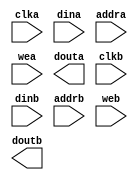
module cpu_buffer(
	clka,
	dina,
	addra,
	wea,
	douta,
	clkb,
	dinb,
	addrb,
	web,
	doutb);


input clka;
input [63 : 0] dina;
input [8 : 0] addra;
input [0 : 0] wea;
output [63 : 0] douta;
input clkb;
input [63 : 0] dinb;
input [8 : 0] addrb;
input [0 : 0] web;
output [63 : 0] doutb;

// synthesis translate_off

      BLK_MEM_GEN_V2_8 #(
		.C_ADDRA_WIDTH(9),
		.C_ADDRB_WIDTH(9),
		.C_ALGORITHM(1),
		.C_BYTE_SIZE(9),
		.C_COMMON_CLK(0),
		.C_DEFAULT_DATA("0"),
		.C_DISABLE_WARN_BHV_COLL(0),
		.C_DISABLE_WARN_BHV_RANGE(0),
		.C_FAMILY("virtex5"),
		.C_HAS_ENA(0),
		.C_HAS_ENB(0),
		.C_HAS_MEM_OUTPUT_REGS_A(0),
		.C_HAS_MEM_OUTPUT_REGS_B(0),
		.C_HAS_MUX_OUTPUT_REGS_A(0),
		.C_HAS_MUX_OUTPUT_REGS_B(0),
		.C_HAS_REGCEA(0),
		.C_HAS_REGCEB(0),
		.C_HAS_SSRA(0),
		.C_HAS_SSRB(0),
		.C_INIT_FILE_NAME("no_coe_file_loaded"),
		.C_LOAD_INIT_FILE(0),
		.C_MEM_TYPE(2),
		.C_MUX_PIPELINE_STAGES(0),
		.C_PRIM_TYPE(1),
		.C_READ_DEPTH_A(512),
		.C_READ_DEPTH_B(512),
		.C_READ_WIDTH_A(64),
		.C_READ_WIDTH_B(64),
		.C_SIM_COLLISION_CHECK("ALL"),
		.C_SINITA_VAL("0"),
		.C_SINITB_VAL("0"),
		.C_USE_BYTE_WEA(0),
		.C_USE_BYTE_WEB(0),
		.C_USE_DEFAULT_DATA(0),
		.C_USE_ECC(0),
		.C_USE_RAMB16BWER_RST_BHV(0),
		.C_WEA_WIDTH(1),
		.C_WEB_WIDTH(1),
		.C_WRITE_DEPTH_A(512),
		.C_WRITE_DEPTH_B(512),
		.C_WRITE_MODE_A("WRITE_FIRST"),
		.C_WRITE_MODE_B("WRITE_FIRST"),
		.C_WRITE_WIDTH_A(64),
		.C_WRITE_WIDTH_B(64),
		.C_XDEVICEFAMILY("virtex5"))
	inst (
		.CLKA(clka),
		.DINA(dina),
		.ADDRA(addra),
		.WEA(wea),
		.DOUTA(douta),
		.CLKB(clkb),
		.DINB(dinb),
		.ADDRB(addrb),
		.WEB(web),
		.DOUTB(doutb),
		.ENA(0),
		.REGCEA(0),
		.SSRA(0),
		.ENB(0),
		.REGCEB(0),
		.SSRB(0),
		.DBITERR(),
		.SBITERR());


// synthesis translate_on

endmodule